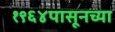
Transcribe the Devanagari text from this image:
१९६४पासूनच्या